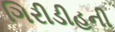
ગિરીડીહની